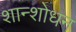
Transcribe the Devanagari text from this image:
शान्शोधन